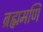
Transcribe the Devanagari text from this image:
ब्रह्ममणि